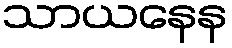
သာယနေန